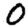
Digit: 0